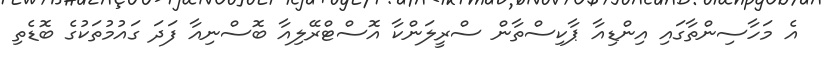
އެ މަހާސިންތާގައި އިންޑިއާ ޕާކިސްތާން ސްރީލަންކާ އޮސްޓްރޭލިއާ ބޮސްނިއާ ފަދަ ގައުމުތަކުގެ ބޮޑެތި